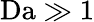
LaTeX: \mathrm{Da}\gg 1